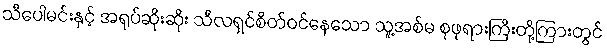
သီပေါမင်းနှင့် အရုပ်ဆိုးဆိုး သီလရှင်စိတ်ဝင်နေသော သူ့အစ်မ စုဖုရားကြီးတို့ကြားတွင်